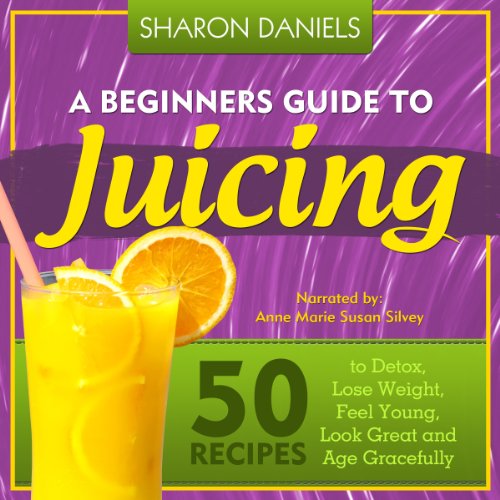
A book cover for A Beginners Guide To Juicing: 50 Recipes To Detox, Lose Weight, Feel Young, Look Great And Age Gracefully: The Juicing Solution, Volume 1; Sharon Daniels; Cookbooks, Food & Wine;